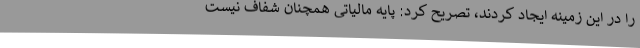
را در این زمینه ایجاد کردند، تصریح کرد: پایه مالیاتی همچنان شفاف نیست